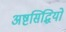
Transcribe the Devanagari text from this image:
अष्टसिद्धियों